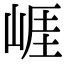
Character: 崕